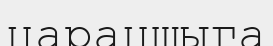
царацшыга